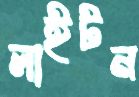
লাইটন